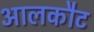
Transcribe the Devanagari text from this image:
आलकौट